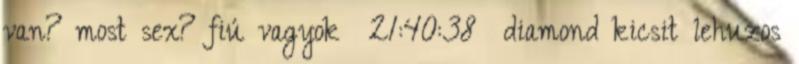
van? most sex? fiú vagyok 21:40:38 diamond kicsit lehuzos